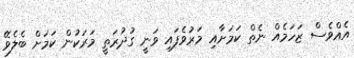
އެއްވެސް ޒަހަމެއް ނެތް ކަމަށާއި މަރުވެފައި ވަނީ ގުދުރަތީ މަރަކުން ކަމަށް ބެލެވޭ